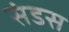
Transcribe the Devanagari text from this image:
संडस